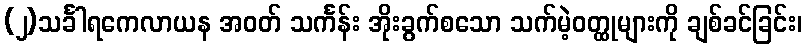
(၂)သင်္ခါရကေလာယန အဝတ် သင်္ကန်း အိုးခွက်စသော သက်မဲ့ဝတ္ထုများကို ချစ်ခင်ခြင်း၊